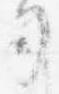
司